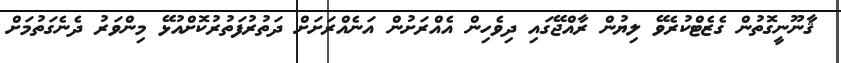
ޤާނޫނީގޮތުން ގެޒެޓްކުރެވޭ ލިޔުން ރާއްޖޭގައި ދިވެހިން އެއްރަށުން އަނެއްރަށަށް ދަތުރުފަތުރުކޮށްއުޅޭ މިންވަރު ދެނެގަތުމަށް